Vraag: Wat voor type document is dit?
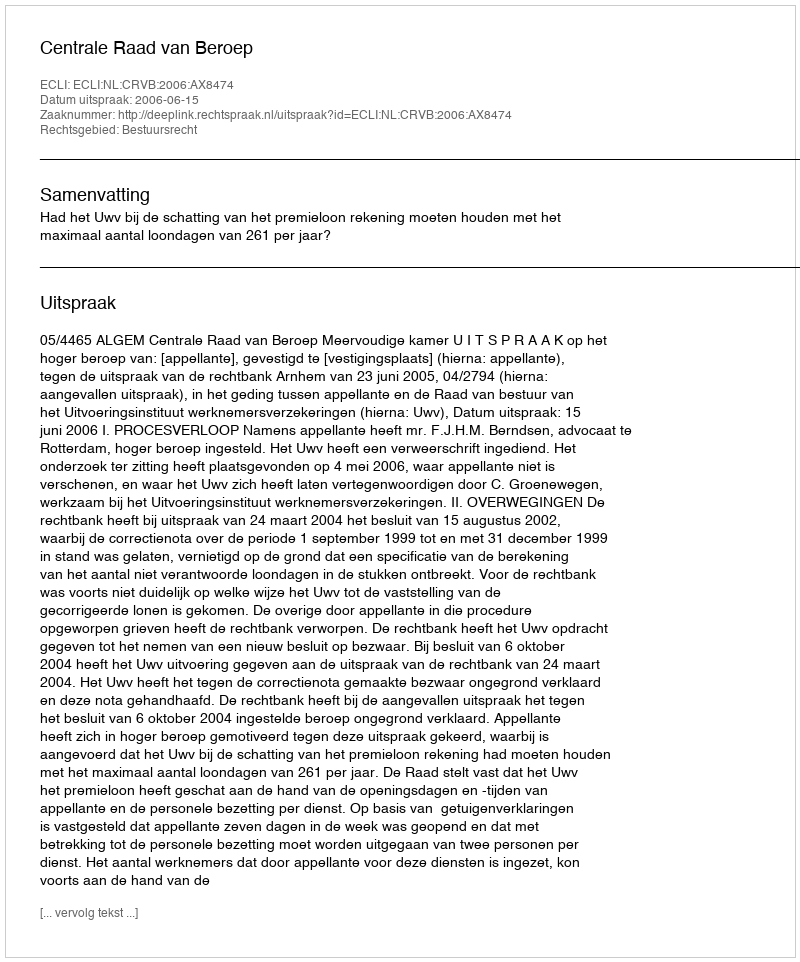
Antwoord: Uitspraak